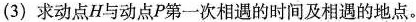
(3) 求动点H与动点P第一次相遇的时间及相遇的地点。